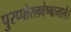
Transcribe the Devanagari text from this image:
पुरप्पोरलवेण्बामालै।